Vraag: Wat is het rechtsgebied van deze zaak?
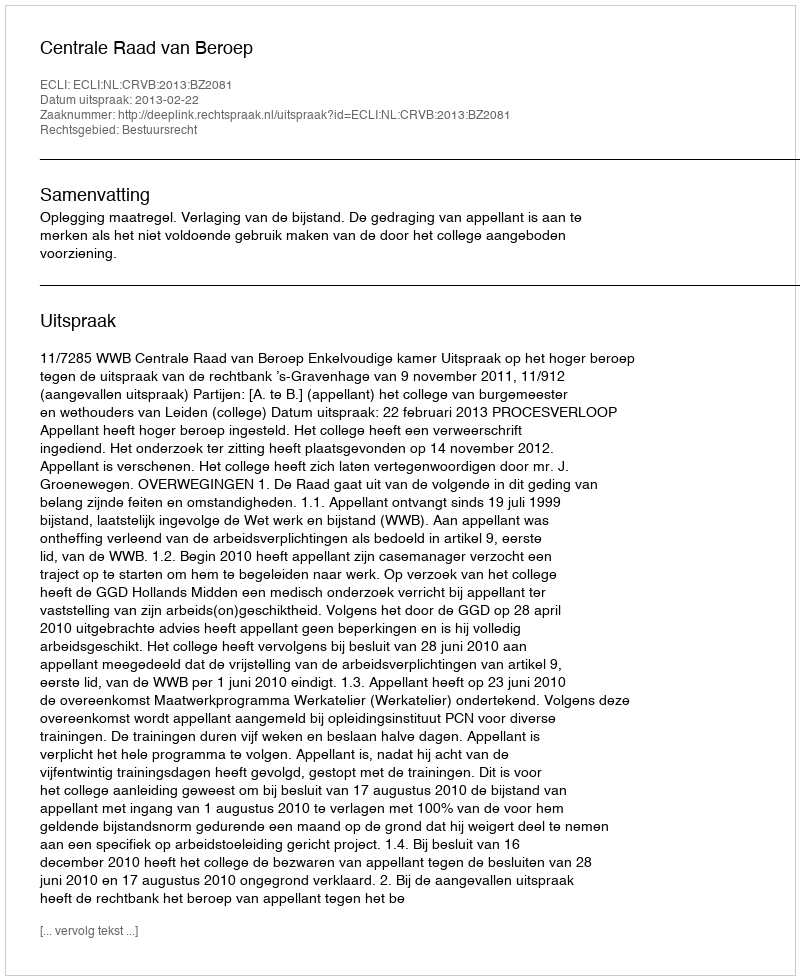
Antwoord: Bestuursrecht